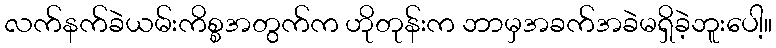
လက်နက်ခဲယမ်းကိစ္စအတွက်က ဟိုတုန်းက ဘာမှအခက်အခဲမရှိခဲ့ဘူးပေါ့။